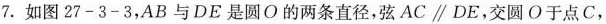
7.如图27-3-3，AB与DE是圆O的两条直径，弦AC\parallel DE，交圆O于点C，